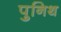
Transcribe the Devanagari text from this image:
पुनिथ